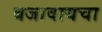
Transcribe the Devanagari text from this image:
बजावायचा